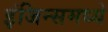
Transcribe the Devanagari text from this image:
इंजिन्समध्ये